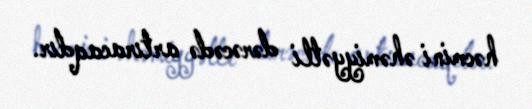
həcmini əhəmiyyətli dərəcədə artıracaqdır.